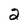
Character: 2